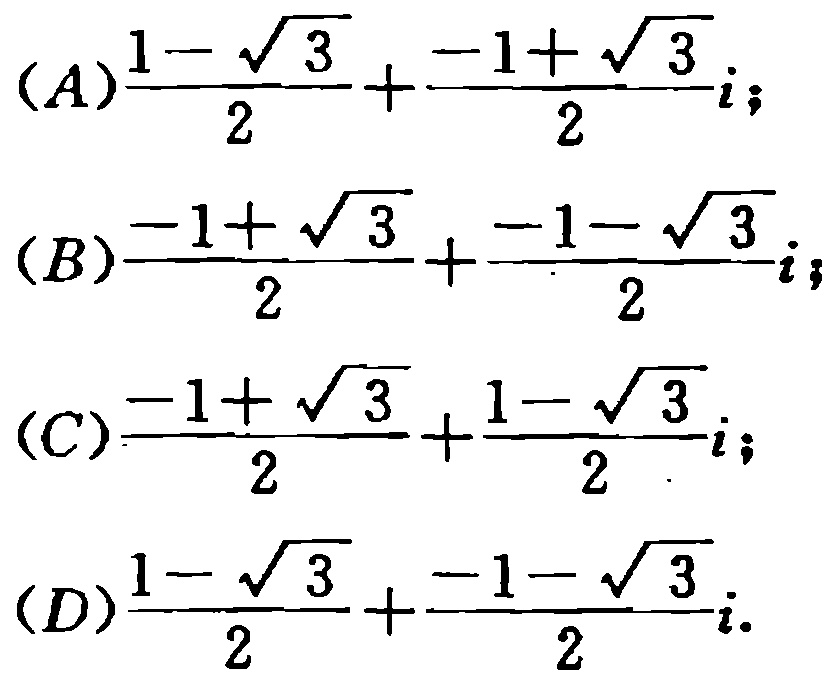
(A)$\frac{1 - \sqrt{3}}{2}+\frac{-1 + \sqrt{3}}{2}i$;
(B)$\frac{-1 + \sqrt{3}}{2}+\frac{-1 - \sqrt{3}}{2}i$;
(C)$\frac{-1 + \sqrt{3}}{2}+\frac{1 - \sqrt{3}}{2}i$;
(D)$\frac{1 - \sqrt{3}}{2}+\frac{-1 - \sqrt{3}}{2}i$.